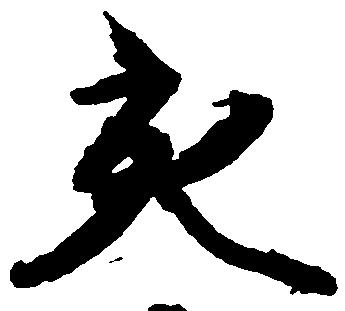
充